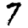
Digit: 7